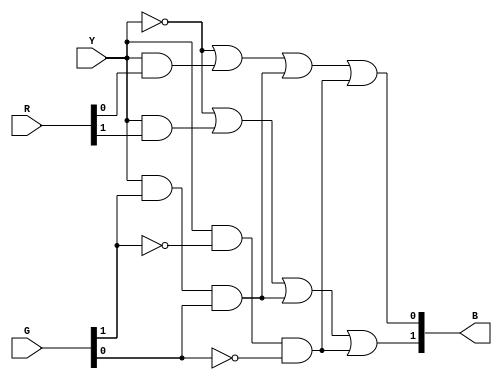
module bolge(
    input Y,
    input [1:0] G,
    input [1:0] R,
    output [1:0] B
);

wire notY;
wire notG0;
wire notG1;

not (notY,Y);
not (notG0,G[0]);
not (notG1,G[1]);

//B[0] = Y' + Y.R[0] + Y.G[1].G[0] + Y.G[1]'.G[0]'
wire wire1;
wire wire2;
wire wire3;

and (wire1,Y,R[0]);
and (wire2,Y,G[1],G[0]);
and (wire3,Y,notG1,notG0);

or (B[0],notY,wire1,wire2,wire3);

//B[1] = Y' + Y.R[1] + Y.G[1].G[0] + Y.G[1]'.G[0]'
wire wire4;
wire wire5;
wire wire6;

and (wire4,Y,R[1]);
and (wire5,Y,G[1],G[0]);
and (wire6,Y,notG1,notG0);

or (B[1],notY,wire4,wire5,wire6);

endmodule